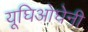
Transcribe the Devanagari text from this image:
यूघिओघेनी